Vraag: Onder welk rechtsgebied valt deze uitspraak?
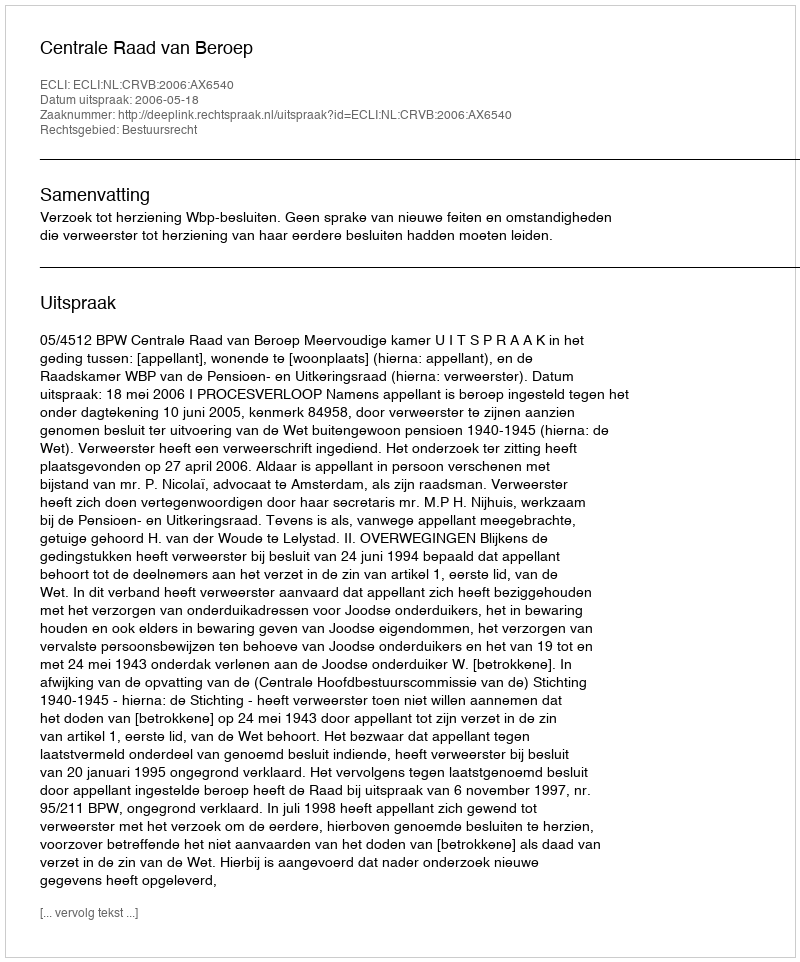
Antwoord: Bestuursrecht